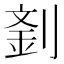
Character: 𠞑